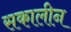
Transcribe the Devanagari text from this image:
सकालीन